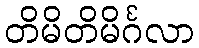
တိမိတိမိင်္ဂလာ